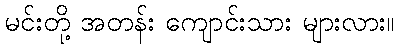
မင်းတို့ အတန်း ကျောင်းသား များလား။